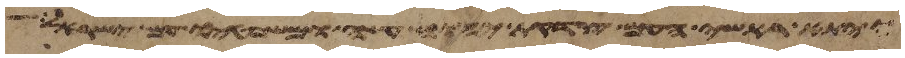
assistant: ויתא ראשי העם צדקת יהוה עשה ומשפטיו עם ישראל